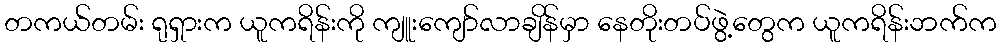
တကယ်တမ်း ရုရှားက ယူကရိန်းကို ကျူးကျော်လာချိန်မှာ နေတိုးတပ်ဖွဲ့တွေက ယူကရိန်းဘက်က